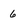
Character: 6